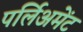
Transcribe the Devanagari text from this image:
पर्लिअमेंट